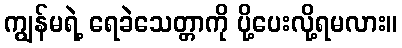
ကျွန်မရဲ့ ရေခဲသေတ္တာကို ပို့ပေးလို့ရမလား။